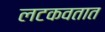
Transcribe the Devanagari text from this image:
लटकवतात